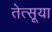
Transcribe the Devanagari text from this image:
तेत्सूया